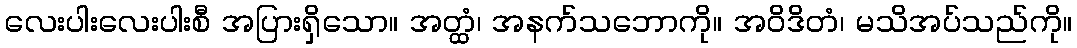
လေးပါးလေးပါးစီ အပြားရှိသော။ အတ္ထံ၊ အနက်သဘောကို။ အဝိဒိတံ၊ မသိအပ်သည်ကို။